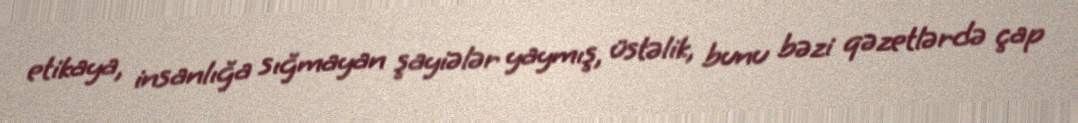
etikaya, insanlığa sığmayan şayiələr yaymış, üstəlik, bunu bəzi qəzetlərdə çap